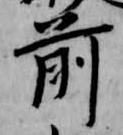
前